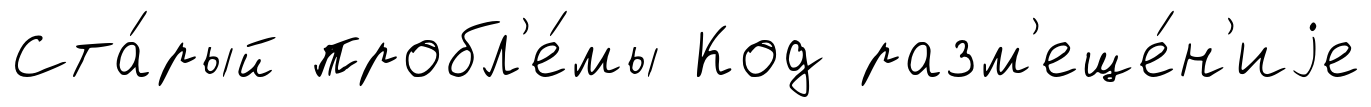
Ста́рый пробл'е́мы Код разм'еще́н'иjе